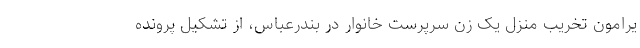
یرامون تخریب منزل یک زن سرپرست خانوار در بندرعباس، از تشکیل پرونده